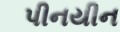
પીનયીન